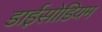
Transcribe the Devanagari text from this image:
डाईसोडियम